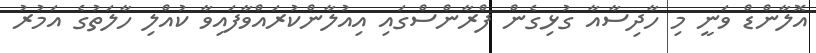
އޮލާންޑް ވަނީ މި ހާދިސާއާ ގުޅިގެން ފްރާންސްގައި އިއުލާންކުރައްވާފައިވާ ކުއްލި ހާލަތުގެ އަމުރު